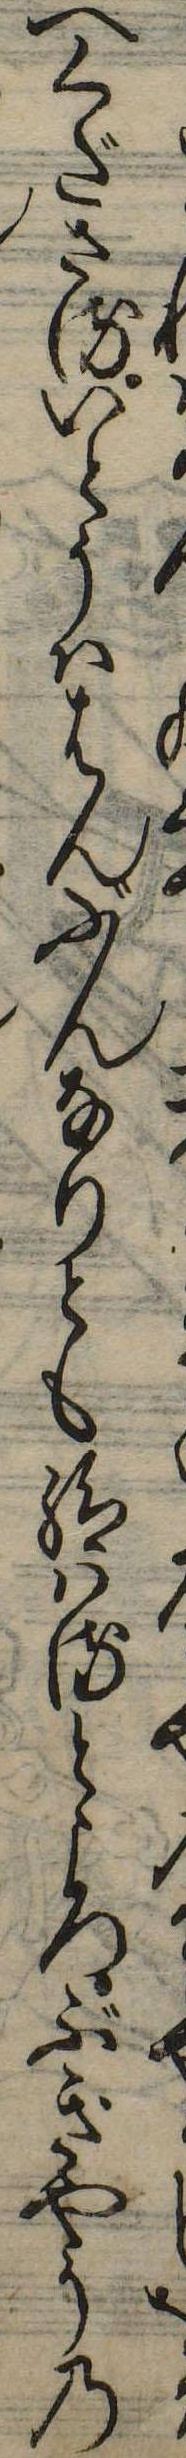
へくださるいとうははんぶんなりとも給はるところぶぎやうの